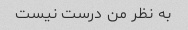
به نظر من درست نیست